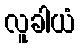
လူခါယံ